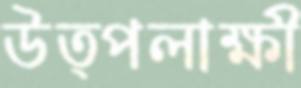
উত্পলাক্ষী